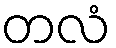
တလံ